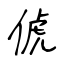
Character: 俿